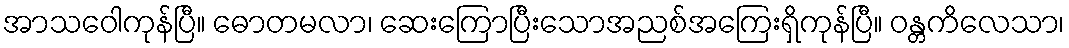
အာသဝေါကုန်ပြီ။ ဓောတမလာ၊ ဆေးကြောပြီးသောအညစ်အကြေးရှိကုန်ပြီ။ ဝန္တကိလေသာ၊